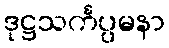
ဒုဋ္ဌသင်္ကပ္ပမနာ